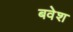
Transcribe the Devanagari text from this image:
बवेश